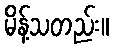
မိန့်သတည်း။